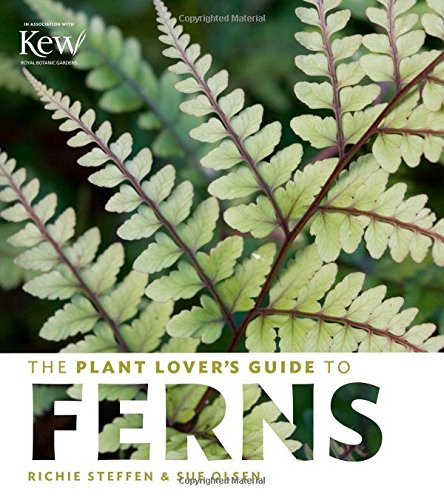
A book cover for The Plant Lover's Guide to Ferns (Plant Lover's Guides); Sue Olsen; Crafts, Hobbies & Home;